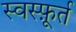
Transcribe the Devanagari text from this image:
स्वस्फ़ूर्त